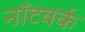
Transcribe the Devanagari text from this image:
नॉटवर्क